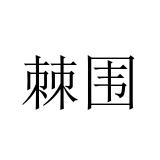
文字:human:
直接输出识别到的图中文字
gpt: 棘围